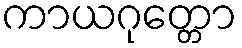
ကာယဂုတ္တော